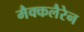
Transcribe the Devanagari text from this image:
मैक्कलैरेन